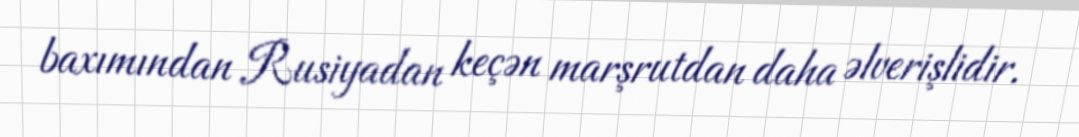
baxımından Rusiyadan keçən marşrutdan daha əlverişlidir.